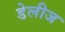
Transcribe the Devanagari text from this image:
डेलीज